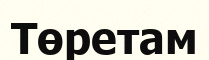
Төретам